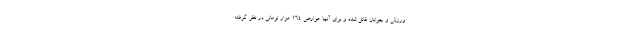
ورزش و جوانان قائل شده و برای آنها عوارض ۲۶۴ هزار تومانی در نظر گرفته